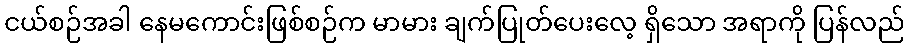
ငယ်စဉ်အခါ နေမကောင်းဖြစ်စဉ်က မာမား ချက်ပြုတ်ပေးလေ့ ရှိသော အရာကို ပြန်လည်